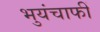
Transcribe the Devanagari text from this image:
भुयंचाफीं